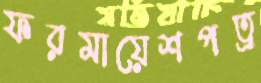
ফরমায়েশপত্র